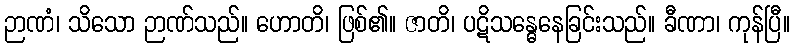
ဉာဏံ၊ သိသော ဉာဏ်သည်။ ဟောတိ၊ ဖြစ်၏။ ဇာတိ၊ ပဋိသန္ဓေနေခြင်းသည်။ ခီဏာ၊ ကုန်ပြီ။